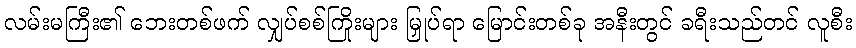
လမ်းမကြီး၏ ဘေးတစ်ဖက် လျှပ်စစ်ကြိုးများ မြှုပ်ရာ မြောင်းတစ်ခု အနီးတွင် ခရီးသည်တင် လူစီး